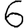
Digit: 6